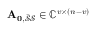
\mathbf { A _ { 0 , \mathcal { \bar { S } } \mathcal { S } } } \in \mathbb { C } ^ { v \times ( n - v ) }